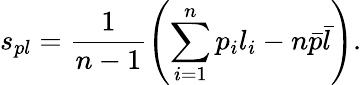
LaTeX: s_{pl}=\frac{1}{n-1}\left(\sum_{i=1}^{n}p_{i}l_{i}-n\bar{p}\bar{l}\right).